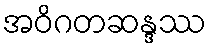
အဝိဂတဆန္ဒဿ